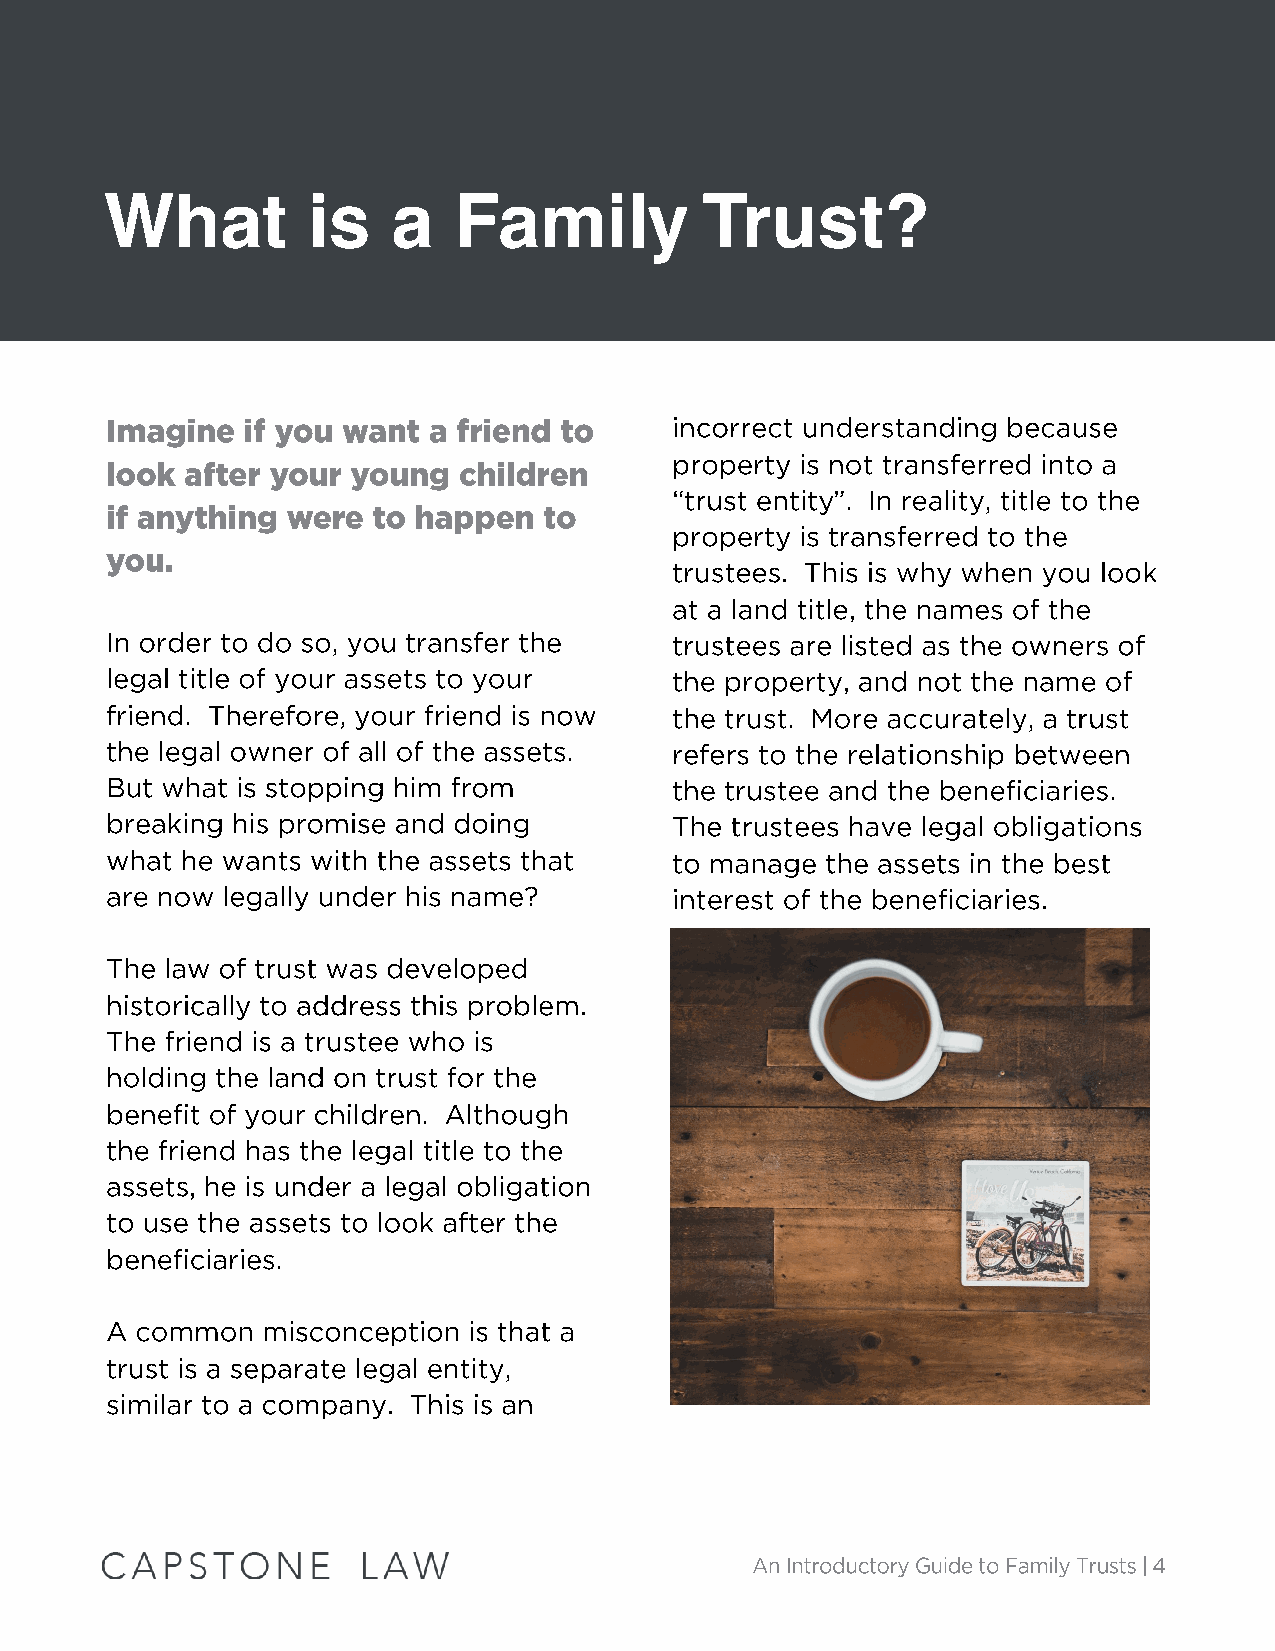
What         is    a   Family          Trust?